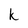
Character: k